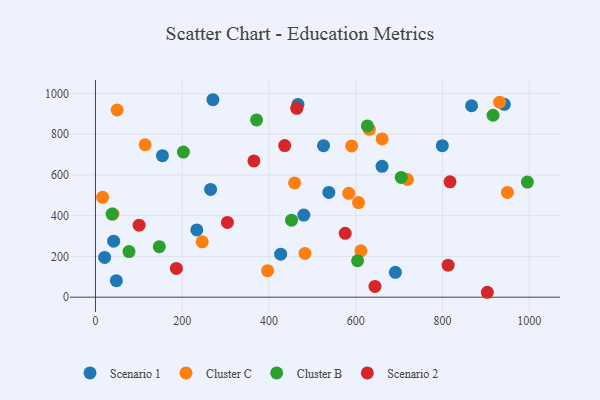
{"axis": {"x": "Ad Spend", "y": "Sales"}, "legend": ["Cluster B", "Cluster C", "Scenario 1", "Scenario 2"], "data": [{"x": "41.9", "y": 274.8, "type": "Scenario 1"}, {"x": "21.1", "y": 195.3, "type": "Scenario 1"}, {"x": "427.0", "y": 211.2, "type": "Scenario 1"}, {"x": "270.8", "y": 969.5, "type": "Scenario 1"}, {"x": "942.7", "y": 946.9, "type": "Scenario 1"}, {"x": "525.8", "y": 743.8, "type": "Scenario 1"}, {"x": "538.1", "y": 514.3, "type": "Scenario 1"}, {"x": "233.6", "y": 330.4, "type": "Scenario 1"}, {"x": "799.6", "y": 743.9, "type": "Scenario 1"}, {"x": "154.4", "y": 694.7, "type": "Scenario 1"}, {"x": "660.7", "y": 642.4, "type": "Scenario 1"}, {"x": "480.4", "y": 403.3, "type": "Scenario 1"}, {"x": "265.4", "y": 529.2, "type": "Scenario 1"}, {"x": "48.2", "y": 81.1, "type": "Scenario 1"}, {"x": "466.8", "y": 946.3, "type": "Scenario 1"}, {"x": "867.2", "y": 939.9, "type": "Scenario 1"}, {"x": "691.5", "y": 122.1, "type": "Scenario 1"}, {"x": "631.4", "y": 824.3, "type": "Cluster C"}, {"x": "606.5", "y": 464.5, "type": "Cluster C"}, {"x": "40.4", "y": 408.3, "type": "Cluster C"}, {"x": "483.0", "y": 214.8, "type": "Cluster C"}, {"x": "660.9", "y": 776.8, "type": "Cluster C"}, {"x": "246.0", "y": 271.8, "type": "Cluster C"}, {"x": "16.5", "y": 490.5, "type": "Cluster C"}, {"x": "583.9", "y": 510.0, "type": "Cluster C"}, {"x": "719.3", "y": 577.9, "type": "Cluster C"}, {"x": "949.8", "y": 514.2, "type": "Cluster C"}, {"x": "931.9", "y": 957.5, "type": "Cluster C"}, {"x": "590.7", "y": 742.9, "type": "Cluster C"}, {"x": "396.9", "y": 130.3, "type": "Cluster C"}, {"x": "49.9", "y": 919.1, "type": "Cluster C"}, {"x": "459.1", "y": 560.9, "type": "Cluster C"}, {"x": "611.9", "y": 227.7, "type": "Cluster C"}, {"x": "114.5", "y": 748.4, "type": "Cluster C"}, {"x": "704.9", "y": 588.2, "type": "Cluster B"}, {"x": "371.4", "y": 870.3, "type": "Cluster B"}, {"x": "77.3", "y": 224.1, "type": "Cluster B"}, {"x": "604.3", "y": 178.9, "type": "Cluster B"}, {"x": "202.7", "y": 712.4, "type": "Cluster B"}, {"x": "916.7", "y": 893.2, "type": "Cluster B"}, {"x": "38.3", "y": 408.2, "type": "Cluster B"}, {"x": "626.9", "y": 840.8, "type": "Cluster B"}, {"x": "452.1", "y": 377.9, "type": "Cluster B"}, {"x": "995.8", "y": 565.2, "type": "Cluster B"}, {"x": "147.1", "y": 248.0, "type": "Cluster B"}, {"x": "575.8", "y": 313.3, "type": "Scenario 2"}, {"x": "644.4", "y": 52.7, "type": "Scenario 2"}, {"x": "100.6", "y": 353.4, "type": "Scenario 2"}, {"x": "436.3", "y": 744.5, "type": "Scenario 2"}, {"x": "186.5", "y": 141.0, "type": "Scenario 2"}, {"x": "304.2", "y": 366.9, "type": "Scenario 2"}, {"x": "813.1", "y": 157.1, "type": "Scenario 2"}, {"x": "365.3", "y": 668.8, "type": "Scenario 2"}, {"x": "817.4", "y": 566.3, "type": "Scenario 2"}, {"x": "903.4", "y": 24.1, "type": "Scenario 2"}, {"x": "464.1", "y": 927.3, "type": "Scenario 2"}]}